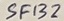
Text: SF132